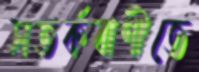
সতর্কবাণীতে